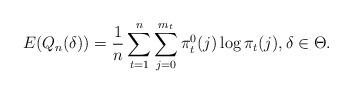
LaTeX: \begin{align*}E(Q_n(\delta))=\frac{1}{n}\sum_{t=1}^n \sum_{j=0}^{m_t}\pi^0_{t}(j)\log \pi_{t}(j), \delta\in \Theta.\end{align*}